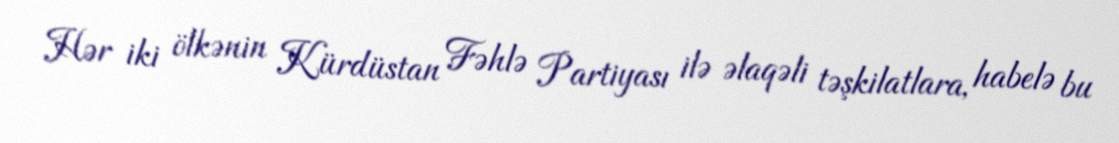
Hər iki ölkənin Kürdüstan Fəhlə Partiyası ilə əlaqəli təşkilatlara, habelə bu